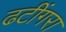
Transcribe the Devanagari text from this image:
ढटींगरा